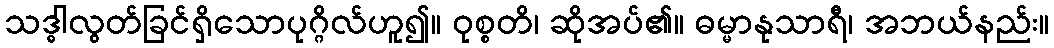
သဒ္ဓါလွတ်ခြင်ရှိသောပုဂ္ဂိလ်ဟူ၍။ ဝုစ္စတိ၊ ဆိုအပ်၏။ ဓမ္မာနုသာရီ၊ အဘယ်နည်း။